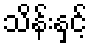
သိန်းနှင့်